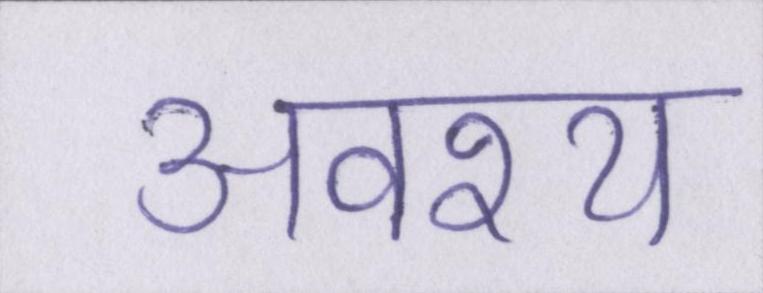
अवश्य